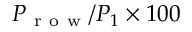
P _ { \mathrm { ~ r ~ o ~ w ~ } } / P _ { 1 } \times 1 0 0